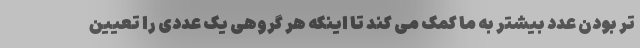
تر بودن عدد بیشتر به ما کمک می کند تا اینکه هر گروهی یک عددی را تعیین